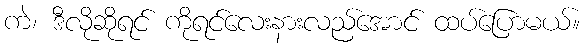
ကဲ၊ ဒီလိုဆိုရင် ကိုရင်လေးနားလည်အောင် ထပ်ပြောမယ်။